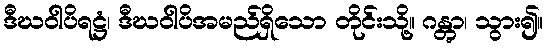
ဒီဃဝါပိရဋ္ဌံ၊ ဒီဃဝါပိအမည်ရှိသော တိုင်းသို့။ ဂန္တွာ၊ သွား၍။